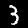
Label: 3